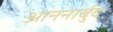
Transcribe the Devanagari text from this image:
आननार्बुद